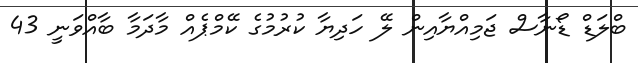
ބްލަޑް ޑޯނާސް ޖަމިއްޔާއިން ލޭ ހަދިޔާ ކުރުމުގެ ކޭމްޕެއް މާދަމާ ބާއްވަނީ 43